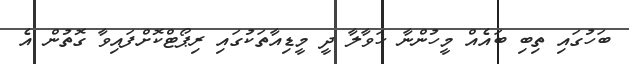
ބަހުގައި ތިބި ބައެއް މީހުންނާ ހަވާލާ ދީ މީޑިއާތަކުގައި ރިޕޯޓްކޮށްފައިވާ ގޮތުން އެ